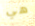
هي